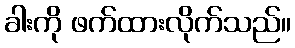
ခါးကို ဖက်ထားလိုက်သည်။